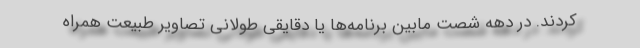
کردند. در دهه شصت مابین برنامه‌ها یا دقایقی طولانی تصاویر طبیعت همراه